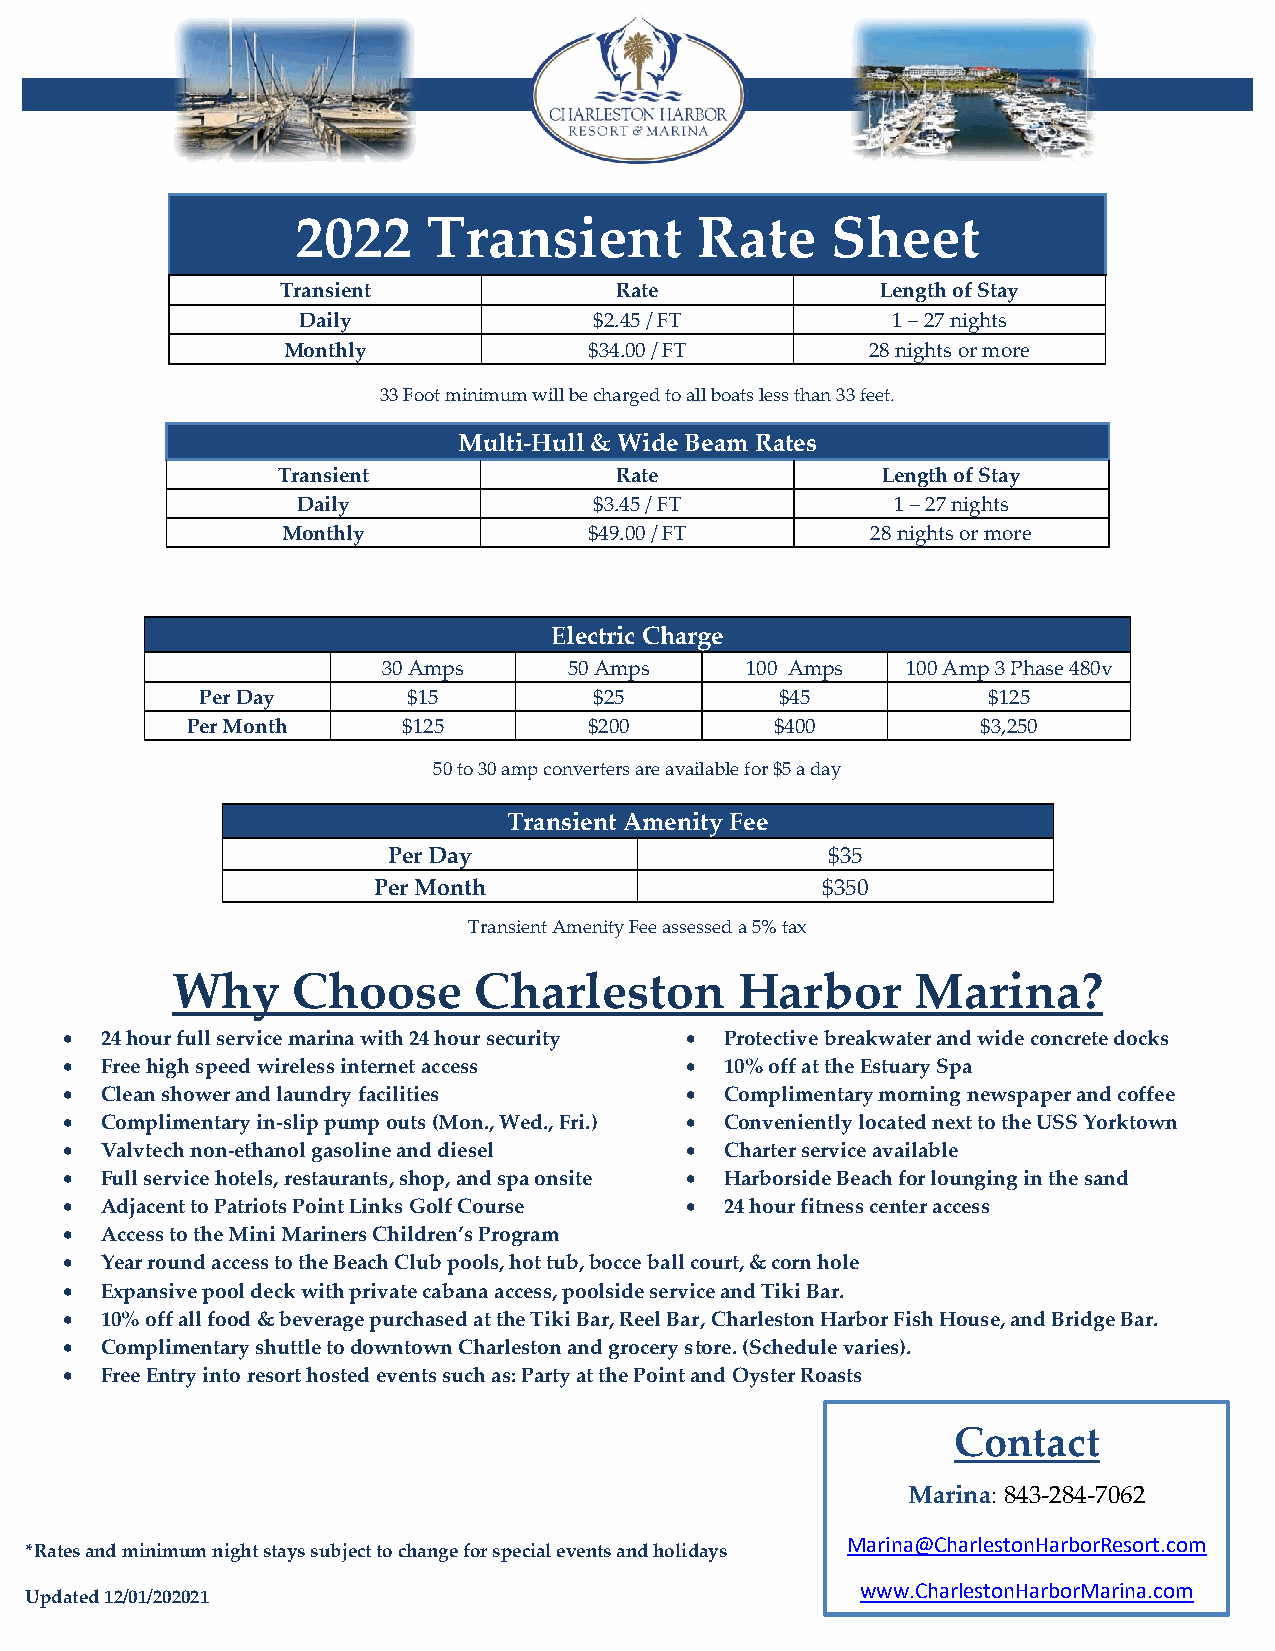
2022    Transient         Rate     Sheet
 Transient             Rate             Length of Stay
 Daily              $2.45 / FT          1 – 27 nights
 Monthly             $34.00 / FT        28 nights or more
 33 Foot minimum will be charged to all boats less than 33 feet.
 Multi-Hull & Wide Beam Rates
 Transient              Rate             Length of Stay
 Daily              $3.45 / FT          1 – 27 nights
 Monthly             $49.00 / FT        28 nights or more
 Electric Charge
 30 Amps      50 Amps    100 Amps   100 Amp 3 Phase 480v
 Per Day       $15         $25          $45          $125
 Per Month      $125        $200        $400          $3,250
 50 to 30 amp converters are available for $5 a day
 Transient Amenity Fee
 Per Day                      $35
 Per Month                    $350
 Transient Amenity Fee assessed a 5% tax
 Why     Choose      Charleston        Harbor      Marina?
 •  24 hour full service marina with 24 hour security • Protective breakwater and wide concrete docks
 •  Free high speed wireless internet access • 10% off at the Estuary Spa
 •  Clean shower and laundry facilities   •  Complimentary morning newspaper and coffee
 •  Complimentary in-slip pump outs (Mon., Wed., Fri.) • Conveniently located next to the USS Yorktown
 •  Valvtech non-ethanol gasoline and diesel • Charter service available
 •  Full service hotels, restaurants, shop, and spa onsite • Harborside Beach for lounging in the sand
 •  Adjacent to Patriots Point Links Golf Course • 24 hour fitness center access
 •  Access to the Mini Mariners Children’s Program
 •  Year round access to the Beach Club pools, hot tub, bocce ball court, & corn hole
 •  Expansive pool deck with private cabana access, poolside service and Tiki Bar.
 •  10% off all food & beverage purchased at the Tiki Bar, Reel Bar, Charleston Harbor Fish House, and Bridge Bar.
 •  Complimentary shuttle to downtown Charleston and grocery store. (Schedule varies).
 •  Free Entry into resort hosted events such as: Party at the Point and Oyster Roasts
 Contact
 Marina: 843-284-7062
 Marina@CharlestonHarborResort.com
 *Rates and minimum night stays subject to change for special events and holidays
 www.CharlestonHarborMarina.com
 Updated 12/01/202021